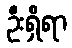
ဦးရှိရာ